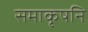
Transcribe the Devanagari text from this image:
समाकृषनि